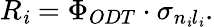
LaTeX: R_{\mathit{i}}=\Phi_{ODT}\cdot\sigma_{n_{\mathit{i}}l_{\mathit{i}}}.